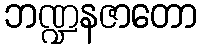
ဘဏ္ဍနဇာတော